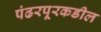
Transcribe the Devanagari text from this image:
पंढरपूरकडील